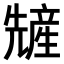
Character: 𫤢